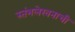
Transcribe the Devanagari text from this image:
स्तंभलेखनाची